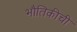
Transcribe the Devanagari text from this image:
भौतिकीची